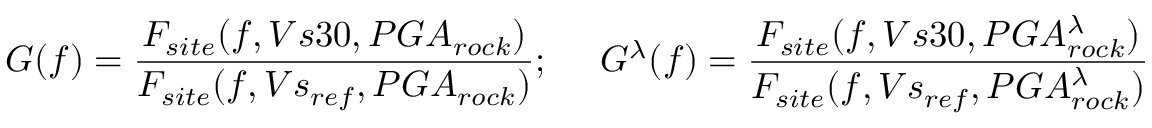
G ( f ) = \frac { F _ { s i t e } ( f , V s 3 0 , P G A _ { r o c k } ) } { F _ { s i t e } ( f , V s _ { r e f } , P G A _ { r o c k } ) } ; ~ ~ ~ ~ G ^ { \lambda } ( f ) = \frac { F _ { s i t e } ( f , V s 3 0 , P G A _ { r o c k } ^ { \lambda } ) } { F _ { s i t e } ( f , V s _ { r e f } , P G A _ { r o c k } ^ { \lambda } ) }